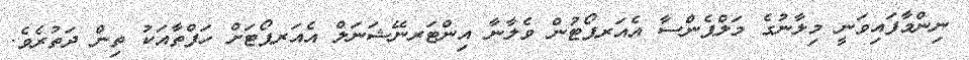
ނިންމާފައިވަނީ މިލާނުގެ މަލްޕެންސާ އެއަރޕޯޓުން ވެލާނާ އިންޓަރނޭޝަނަލް އެއަރޕޯޓަށް ހަފްތާއަކު ތިން ދަތުރެވެ.